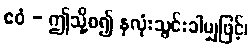
ဧဝံ - ဤသို့စ၍ နှလုံးသွင်းခါမျှဖြင့်၊